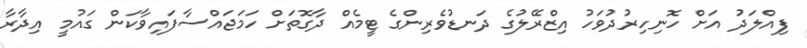
ފިއްލަދު އަށް ހޮނިހިރުދުވަހު އިޒްރޭލުގެ ދަނޑުވެރިންގެ ޓީމެއް ދާގޮތަށް ހަމަޖައްސާފައިވާކަން ގައުމީ އިދާރާ